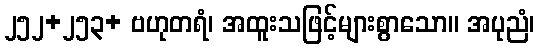
၂၅၂+၂၅၃+ ဗဟုတရံ၊ အထူးသဖြင့်များစွာသော။ အပုညံ၊